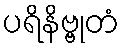
ပရိနိဗ္ဗုတံ